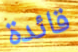
قائدة